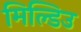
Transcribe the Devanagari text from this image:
मिल्डिउ